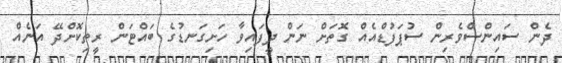
ދެން ސައިންސްވެރިން ސުޕަފުޑްއެއް ގޮތަށް ނަން ދީފައިވާ ހަށިގަނޑުގެ ބައްޓަން ރީތިކޮށްދޭ އަނެއް